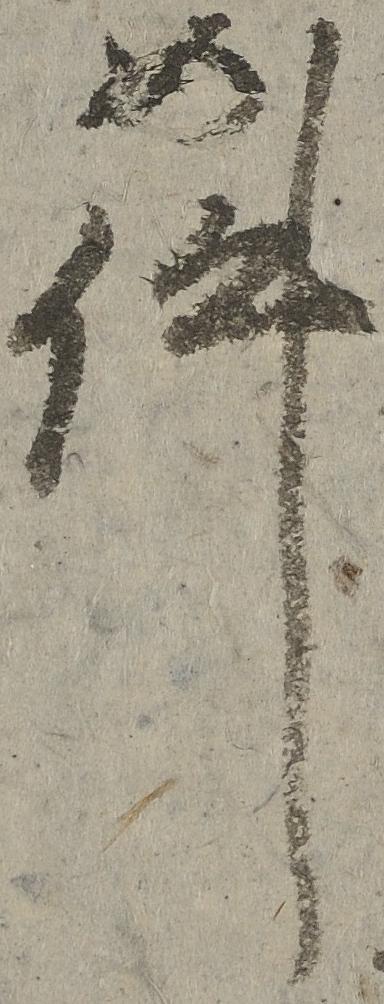
件